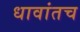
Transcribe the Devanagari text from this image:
धावांतच